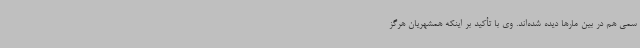
سمی هم در بین مارها دیده شده‌اند. وی با تأکید بر اینکه همشهریان هرگز